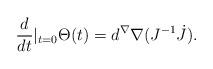
LaTeX: \begin{align*}\frac{d}{dt}|_{t=0} \Theta(t) = d^\nabla \nabla (J^{-1}\dot{J}). \end{align*}